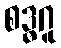
စဒ္ဓဂူ